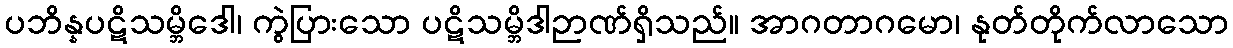
ပဘိန္နပဋိသမ္ဘိဒေါ၊ ကွဲပြားသော ပဋိသမ္ဘိဒါဉာဏ်ရှိသည်။ အာဂတာဂမော၊ နုတ်တိုက်လာသော